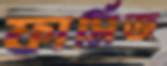
ফার্মিজ